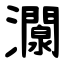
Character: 灁